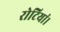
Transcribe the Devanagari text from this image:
रोटियां।